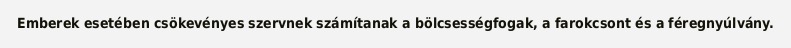
Emberek esetében csökevényes szervnek számítanak a bölcsességfogak, a farokcsont és a féregnyúlvány.